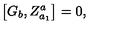
\left[ G _ { b } , Z _ { a _ { 1 } } ^ { a } \right] = 0 ,